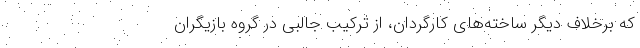
که برخلاف دیگر ساخته‌های کارگردان، از ترکیب جالبی در گروه بازیگران